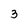
Character: 3